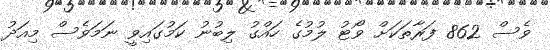
ވެސް 862 ފަރާތަކަށް ވޯޓު ލުމުގެ ހައްގު ލިބުނު ކަމުގައިވީ ނަމަވެސް މިއަދު